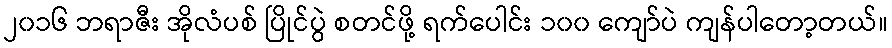
၂၀၁၆ ဘရာဇီး အိုလံပစ် ပြိုင်ပွဲ စတင်ဖို့ ရက်ပေါင်း ၁၀၀ ကျော်ပဲ ကျန်ပါတော့တယ်။